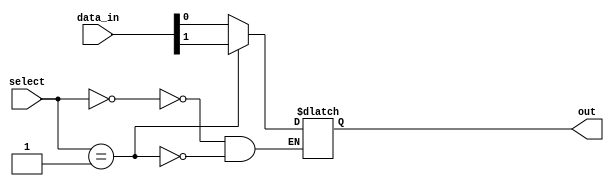
module mux_256to1 (
  input [255:0] data_in,
  input [7:0] select,
  output reg out
);

always @ (select)
begin
  case (select)
    8'b00000000: out = data_in[0];
    8'b00000001: out = data_in[1];
    // continue this pattern for all 256 input lines
    // you can also use a for loop to generate the case statements
  endcase
end

endmodule